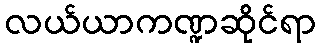
လယ်ယာကဏ္ဍဆိုင်ရာ